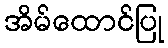
အိမ်ထောင်ပြု